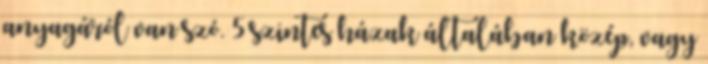
anyagáról van szó. 5 szintes házak általában közép, vagy